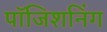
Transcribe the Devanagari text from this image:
पॉजिशनिंग